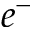
e ^ { - }